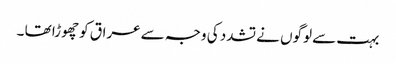
بہت سے لوگوں نے تشدد کی وجہ سے عراق کو چھوڑا تھا ۔